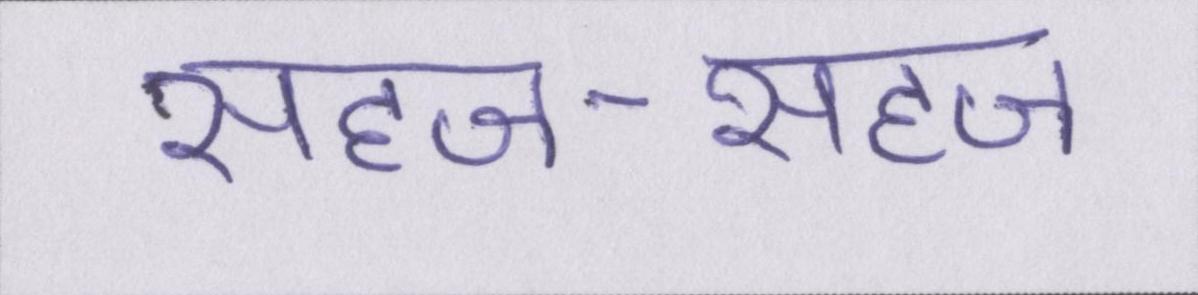
सहज-सहज